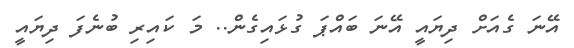
އޭނަ ގެއަށް ދިޔައީ އޭނަ ބައްޕަ ގުޅައިގެން.. މަ ކައިރި ބުނެފަ ދިޔައީ